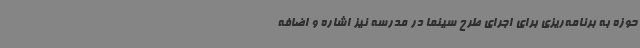
حوزه به برنامه‌ریزی برای اجرای طرح سینما در مدرسه نیز اشاره و اضافه